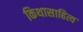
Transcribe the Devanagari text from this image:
किथासाहित्य